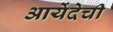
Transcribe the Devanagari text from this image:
आयेंदेची